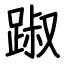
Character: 踧